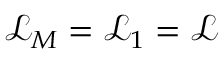
\mathcal { L } _ { M } = \mathcal { L } _ { 1 } = \mathcal { L }